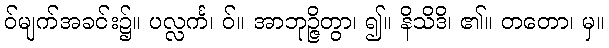
ဝ်မျက်အခင်း၌။ ပလ္လင်္က၊ ဝ်။ အာဘုဉ္ဇိတွာ၊ ၍။ နိသိဒိ၊ ၏။ တတော၊ မှ။